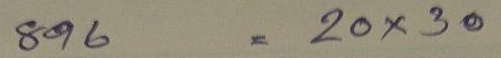
896 = 20 x 30